system: You are a helpful assistant.
user:
Analyze the provided spectrum to determine if it is a **M-type Giant (gM)**.

A M-type Giant spectrum is defined by its **strong molecular absorption** features, particularly from **Titanium Oxide (TiO)**. You must check for one of the following mutually exclusive signatures:

- **Key Visual Indicators (Absorption-Dominated Spectrum):**

    - **(Primary):** The spectrum is dominated by strong molecular absorption from **Titanium Oxide (TiO)**. This is the **defining feature** of its M-type temperature class.
        - **(Key Bandheads):** Look for sharp, "saw-tooth" absorption valleys. The strongest are located near **~7050 Å**, **~6160 Å**, and **~5170 Å**.
        - **(Line Profile):** The "saw-tooth" morphology is critical: a **sharp, steep drop on the BLUE (short-wavelength) side** of the bandhead, followed by a gradual recovery (rising flux) towards the RED (long-wavelength) side.

    - **(Key Confirmation - Giant vs. Dwarf):** **ABSENCE** of strong **Calcium Hydride (CaH)** molecular bands. This is the primary diagnostic for *excluding* M-dwarfs.
        - **(Key Region):** The spectrum should lack the strong, broad absorption band seen in dwarfs between **~6800 Å and ~7000 Å**.

    - **(Secondary Confirmation - Giant):** A very strong and broad **Neutral Calcium (Ca I)** atomic absorption line.
        - **(Key Line):** Located at **~4226 Å**. In a giant (gM), this line is significantly deeper and broader than the same line in an M-dwarf (dM) due to low surface gravity.

    - **(Overall Spectrum):**
        - The continuum is **extremely red-sloping** (i.e., flux is very low in the blue and rises dramatically towards the red).
        - The entire spectrum appears "chopped up" by the deep TiO bands.

Think first, call **spectral_visualization_tool** if needed to examine features in detail, then provide your final answer. Your response must adhere to the following strict rules:
1.  **Overall Structure:** Your response must follow the format `<think>...</think> <tool_call>...</tool_call> (if a tool is used) <answer>...</answer>`.
2.  **Tool Usage Constraint:** You may only make **one** tool call per turn.
3.  **Final Answer Format:** In the `<answer>` tag, your conclusion must be inside a `\boxed{}` command (e.g., `\boxed{YES}` or `\boxed{NO}`), followed by your justification.

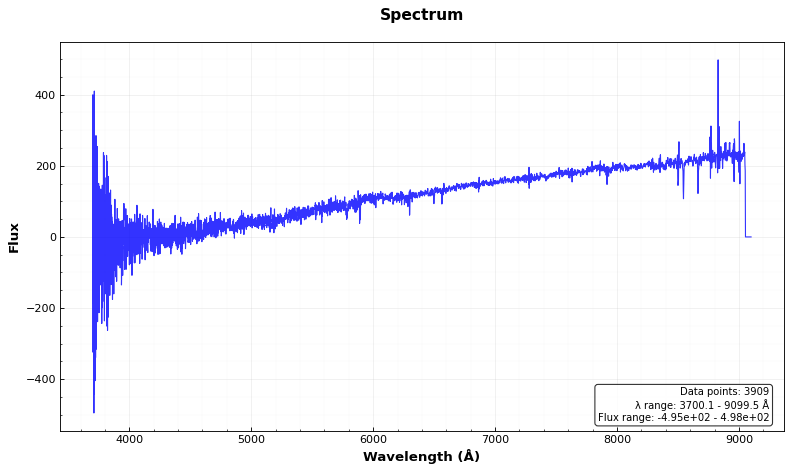
Answer: NO